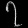
Digit: ၇